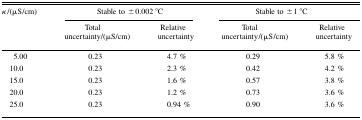
<table><thead><tr><td rowspan="2"><b><i>κ</i> /(μS/cm)</b></td><td colspan="2"><b>Stable to ±0.002 °C</b></td><td colspan="2"><b>Stable to ±1 °C</b></td></tr><tr><td><b>Total uncertainty/(μS/cm)</b></td><td><b>Relative uncertainty</b></td><td><b>Total uncertainty/(μS/cm)</b></td><td><b>Relative uncertainty</b></td></tr></thead><tbody><tr><td>5.00</td><td>0.23</td><td>4.7 %</td><td>0.29</td><td>5.8 %</td></tr><tr><td>10.0</td><td>0.23</td><td>2.3 %</td><td>0.42</td><td>4.2 %</td></tr><tr><td>15.0</td><td>0.23</td><td>1.6 %</td><td>0.57</td><td>3.8 %</td></tr><tr><td>20.0</td><td>0.23</td><td>1.2 %</td><td>0.73</td><td>3.6 %</td></tr><tr><td>25.0</td><td>0.23</td><td>0.94 %</td><td>0.90</td><td>3.6 %</td></tr></tbody></table>